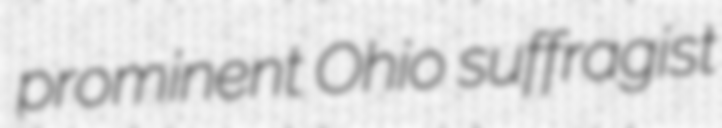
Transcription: prominent Ohio suffragist